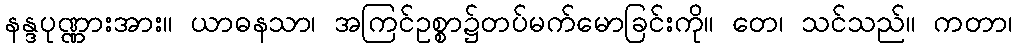
နန္ဒပုဏ္ဏားအား။ ယာဓနသာ၊ အကြင်ဥစ္စာ၌တပ်မက်မောခြင်းကို။ တေ၊ သင်သည်။ ကတာ၊